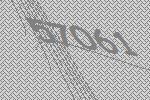
57061